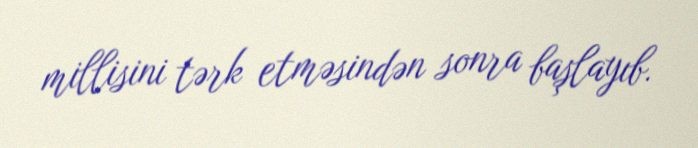
millisini tərk etməsindən sonra başlayıb.